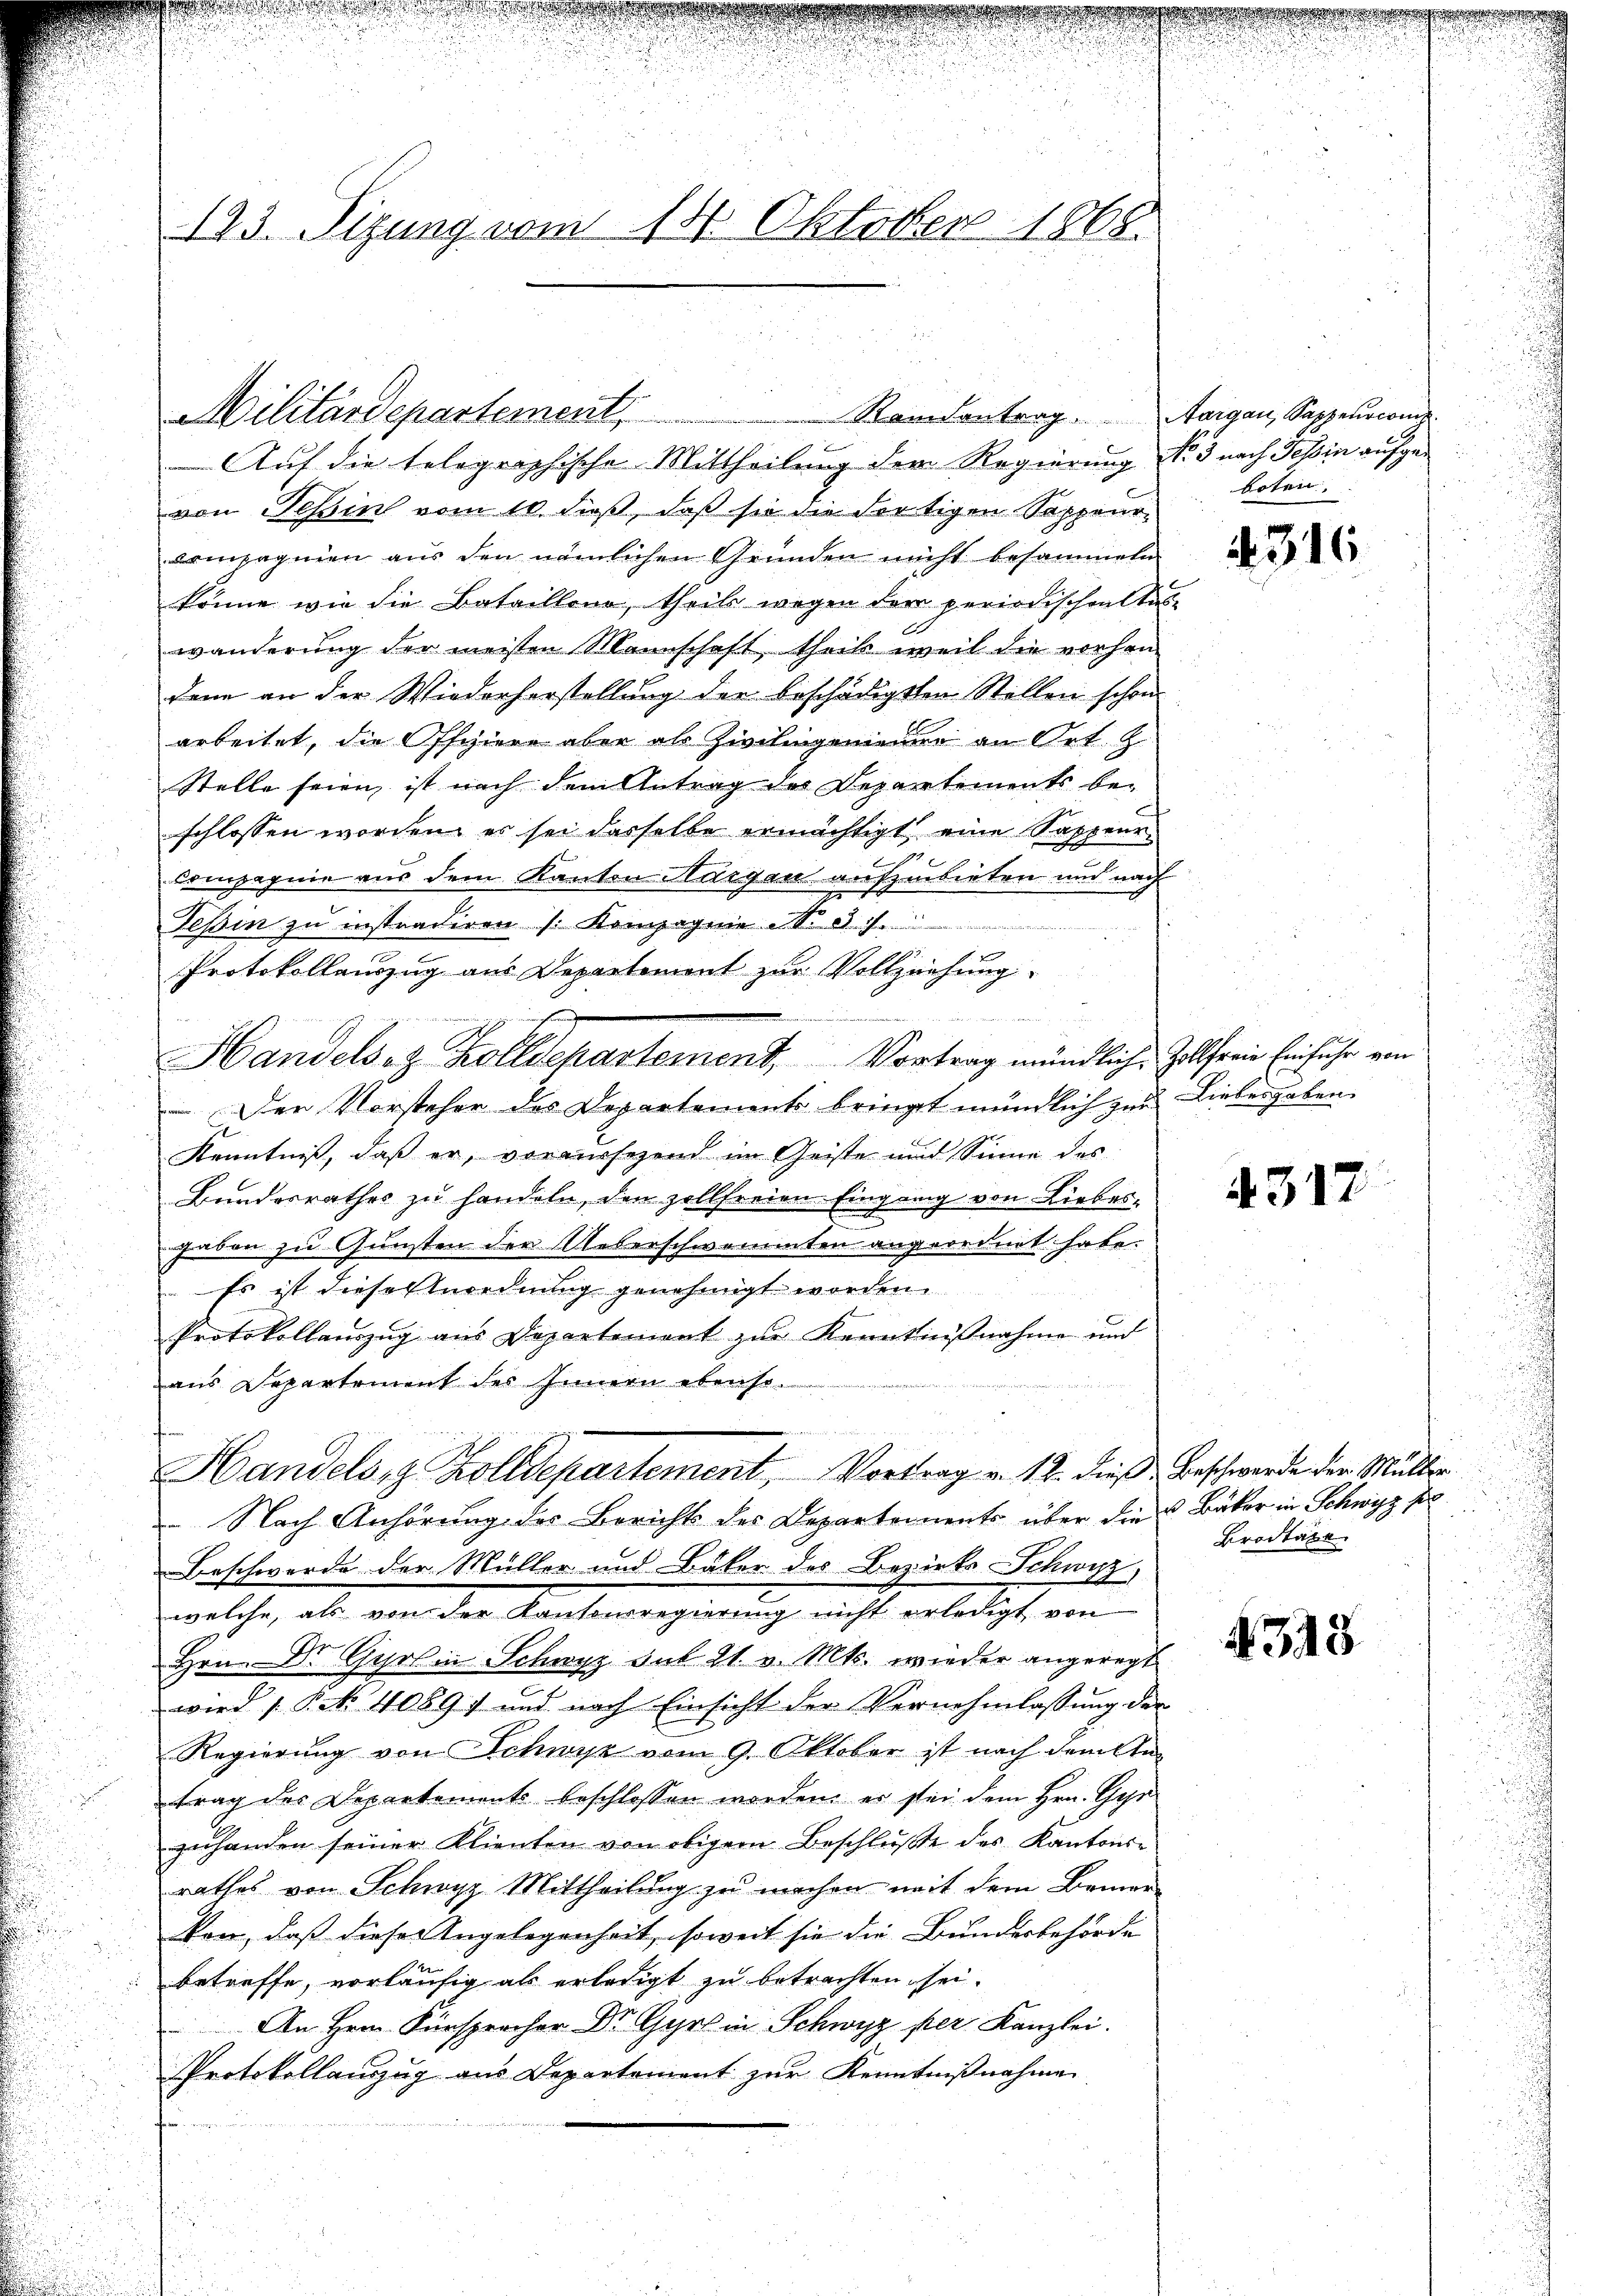
123. Sizung vom 14. Oktober 1868.

Auf die telegraphische Mittheilung der Regierung No 3 nach Tessin aufgevon Teßin vom 10. dieß, daß sie die dortigen Sappeur¬
Compagnien aus den nämlichen Gründen nicht besammeln
könne wie die Bataillono, theils wegen der periodischenktes
wanderung der meisten Mannschaft, theil weil die vorhandann an der Wiederherstellung der beschädigten Stillen schon
arbeitet, die Offiziere aber als Zivilingenieure an Ort. Z
Stelle seien, ist nach dem Antrag des Departements beschlossen worden, es sei dasselbe ermächtigt eine Sappeur
Compagnie aus dem Kanton Margau aufzubieten und nach
Teßin zu instradiren (Kompagnie N. d. Js.
Protokollauszug aus Departement zur Vollziehung.
e
Handelsch Zolldepartement, Vortrag mündliche Zollerie Einfuhr von
Der Vorsteher des Departements bringt mündlich zur Liebesgaben
Kenntniß, daß er, voraussezend im Geiste und Sinne des
Bundesrathes zu handeln, den zollfreien Eingang von Liebes¬
E
gaben zu Gunsten der Ueberschwammten angeordnet habe.
Es ist diese Anordnung genehmigt worden.
Protokollauszug aus Departement zur Kenntnißnahme und
aus Departement des Innern ebenso
Handelsiz. Zolldepartement, Vortrag v. 12. dieß Beschwerde der Müller
 Nach Anhörung des Bericht des Departements über die Bäker in Schwyz f
Beschwerde der Müller und Bäker des Bezirks Schwyz,
welche, als von der Kantonsregierŭng nicht erledigt von
Hrn. Dr. Gyrlin Schwyz sub 21. v. Mts. wieder angeregt
wird (Prk. 4089. und nach Einsicht der Vernehmlassung der
Regierung von Schwyz vom 9. Oktober ist nach dem lintrag der Departements beschlossen worden, er sei dem Hrn. Gyr
zuhanden seiner Klienten von obigem Beschluße des Kantonsrathes von Schwyz Mittheilung zu machen mit dem Bemer
kon, daß dieser Angelegenheit, soweit sie die Bundesbehörde
betreffe, vorläufig als erledigt zu betrachten sei.
An Hrn. Fürsprecher Dr. Gyrs in Schwyz per Kanzlei.
Protokollauszug aus Departement zur Kenntnißnahme

Militärdepartement Rambentrag. Aargau, Sappeurwes

boten.

316

4312

u
Brodtage

4318